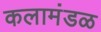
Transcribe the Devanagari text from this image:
कलामंडळ